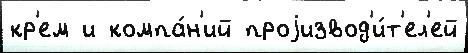
кр'ем и компа́н'ий проjизвод'и́т'ел'ей